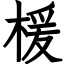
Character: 楥